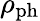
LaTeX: \rho_{\mathrm{ph}}